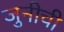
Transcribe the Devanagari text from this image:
जुनीची